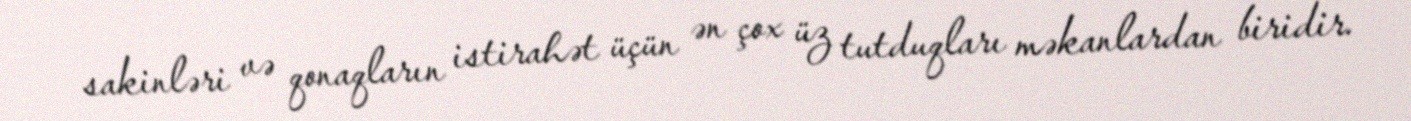
sakinləri və qonaqların istirahət üçün ən çox üz tutduqları məkanlardan biridir.